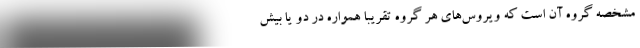
مشخصه گروه آن است که ویروس‌های هر گروه تقریبا همواره در دو یا بیش